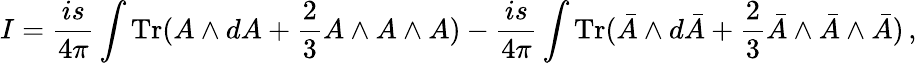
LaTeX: I=\frac{is}{4\pi}\int{\mathrm{Tr}}(A\wedge dA+\frac 23A\wedge A\wedge A)-\frac{is}{4\pi}\int{\mathrm{Tr}}(\bar{A}\wedge d\bar{A}+\frac 23\bar{A}\wedge\bar{A}\wedge\bar{A})\, ,